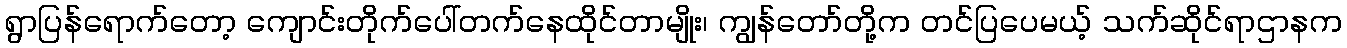
ရွာပြန်ရောက်တော့ ကျောင်းတိုက်ပေါ်တက်နေထိုင်တာမျိုး၊ ကျွန်တော်တို့က တင်ပြပေမယ့် သက်ဆိုင်ရာဌာနက